Medical and sanitary report on the native army of Bombay for the year
Year: 1879
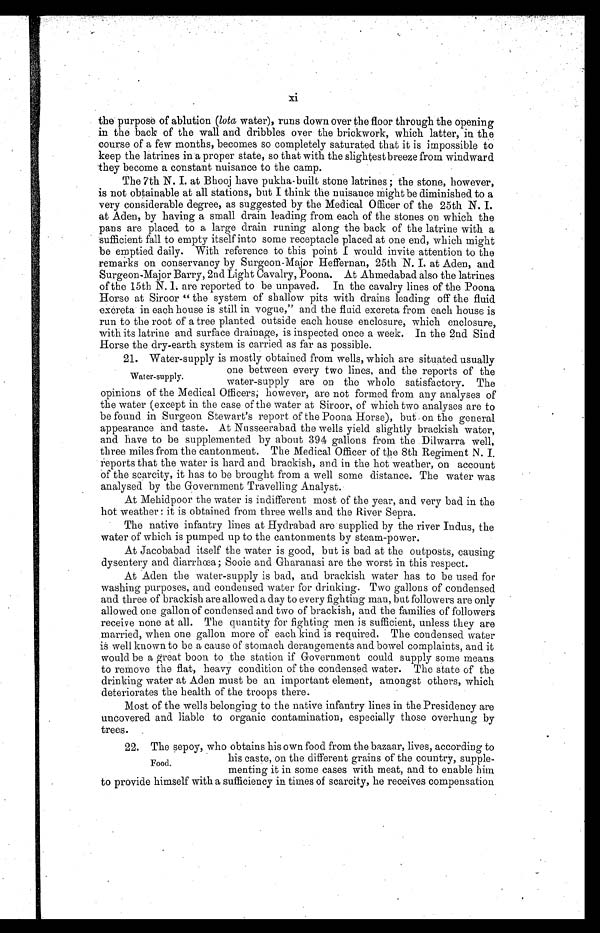
xi
the purpose of ablution (lota water), runs down over the floor through the opening
the back of the wall and dribbles over the brickwork, which latter, in the
course of a few months, becomes so completely saturated that it is impossible to
keep the latrines in a proper state, so that with the slightest breeze from windward
they become a constant nuisance to the camp.
The 7th N. I. at Bhooj have pukha-built stone latrines; the stone, however,
is not obtainable at all stations, but I think the nuisance might be diminished to a
very considerable degree, as suggested by the Medical Officer of the 25th N. I.
at Aden, by having a small drain leading from each of the stones on which the
pans are placed to a large drain runing along the back of the latrine with a
sufficient fall to empty itself into some receptacle placed at one end, which might
be emptied daily. With reference to this point I would invite attention to the
remarks on conservancy by Surgeon-Major Heffernan, 25th N. I. at Aden, and
Surgeon-Major Barry, 2nd Light Cavalry, Poona. At Ahmedabad also the latrines
of the 15th N. I. are reported to be unpaved. In the cavalry lines of the Poona
Horse at Siroor "the system of shallow pits with drains leading off the fluid
excreta in each house is still in vogue," and the fluid excreta from each house is
run to the root of a tree planted outside each house enclosure, which enclosure,
with its latrine and surface drainage, is inspected once a week. In the 2nd Sind
Horse the dry-earth system is carried as far as possible.
21. Water-supply is mostly obtained from wells, Which are situated usually
one between every two lines, and the reports of the
water-supply are on the Whole satisfactory. The
opinions of the Medical Officers; however, are not formed from any analyses of
the water (except in the case of the water at Siroor, of which two analyses are to
be found in Surgeon Stewart's report of the Poona Horse), but on the general
appearance and taste. At Nusseerabad the wells yield slightly brackish water,
and have to be supplemented by about 394 gallons from the Dilwarra well,
three miles from the cantonment. The Medical Officer of the 8th Regiment N. I.
r eports that the water is hard and brackish, and in the hot weather, on account
of the scarcity, it has to be brought from a well some distance. The water was
analysed by the Government Travelling Analyst.
At Mehidpoor the water is indifferent most of the year, and very bad in the
hot weather; it is obtained from three wells and the River Sepra.
The native infantry lines at Hydrabad are supplied by the river Indus, the
water of which is pumped up to the cantonments by steam-power.
At Jacobabad itself the water is good, but is bad at the outposts, causing
dysentery and diarrhœa; Sooie and Gharanasi are the worst in this respect.
At Aden the water-supply is bad, and brackish water has to be used for
washing purposes, and condensed water for drinking. Two gallons of condensed
and three of brackish are allowed a day to every fighting man, but followers are only
allowed one gallon of condensed and two of brackish, and the families of followers
receive none at all. The quantity for fighting men is sufficient, unless they are
married, when one gallon more of each kind is required. The condensed water
is well known to be a cause of stomach derangements and bowel complaints, and it
would be a great boon to the station if Government could supply some means
to remove the flat, heavy condition of the condensed water. The state of the
drinking water at Aden must be an important element, amongst others, which
deteriorates the health of the troops there.
Most of the wells belonging to the native infantry lines in the Presidency are
uncovered and liable to organic contamination, especially those overhung by
trees.
22. The sepoy, who obtains his own food from the bazaar, lives, according to
his caste, on the different grains of the country, supple-
menting it in some cases with meat, and to enable him
to provide himself with a sufficiency in times of scarcity, he receives compensation
Water-supply.
Food.